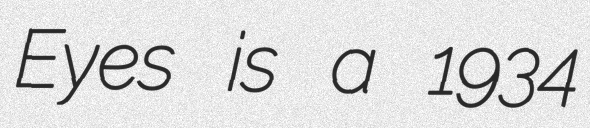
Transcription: Eyes is a 1934